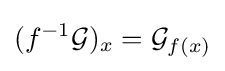
(f^{-1}{\mathcal {G}})_{x}={\mathcal {G}}_{f(x)}